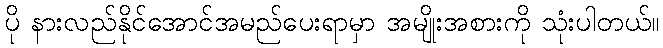
ပို နားလည်နိုင်အောင်အမည်ပေးရာမှာ အမျိုးအစားကို သုံးပါတယ်။